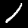
Digit: 1